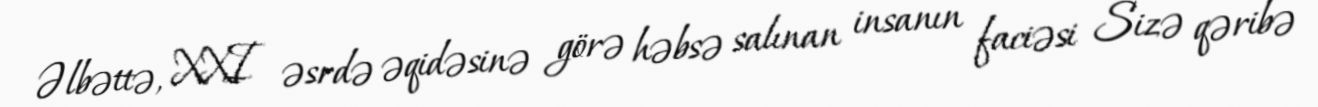
Əlbəttə, XXI əsrdə əqidəsinə görə həbsə salınan insanın faciəsi Sizə qəribə